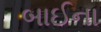
બાઈના